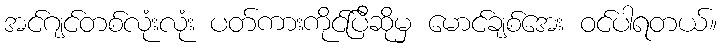
အင်ဂျင်တစ်လုံးလုံး ပတ်ကားကိုင်ပြီဆိုမှ မောင်ချစ်အေး ဝင်ပါရတယ်။